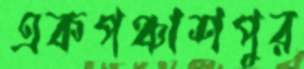
একপঞ্চাশপুর